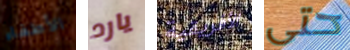
الأطفاء يارد الأفريقية حتى